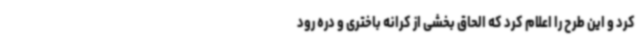
کرد و این طرح را اعلام کرد که الحاق بخشی از کرانه باختری و دره رود